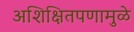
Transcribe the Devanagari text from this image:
अशिक्षितपणामुळे